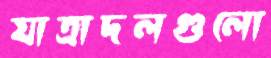
যাত্রাদলগুলো